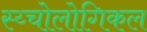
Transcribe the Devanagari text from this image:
स्य्चोलोगिकल